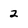
Character: 2